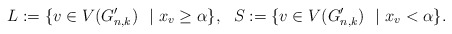
\begin{align*}L:=\{v\in V(G_{n,k}^{\prime})\ \ | \ x_v\ge \alpha\}, \ \ S:=\{v\in V(G_{n,k}^{\prime})\ \ | \ x_v< \alpha\}.\end{align*}